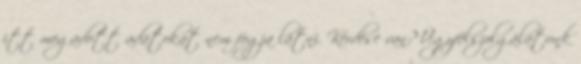
itt megadott adatokat nem fogja látni. Kérdése van? Ügyfélszolgálatunk